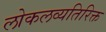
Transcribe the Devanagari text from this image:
लोकलव्यतिरिक्त